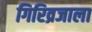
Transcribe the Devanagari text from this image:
गिरिव्रजाला